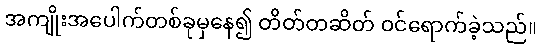
အကျိုးအပေါက်တစ်ခုမှနေ၍ တိတ်တဆိတ် ဝင်ရောက်ခဲ့သည်။